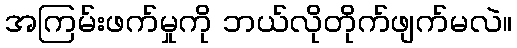
အကြမ်းဖက်မှုကို ဘယ်လိုတိုက်ဖျက်မလဲ။